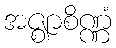
အဇ္ဈာစိဏ္ဏံ